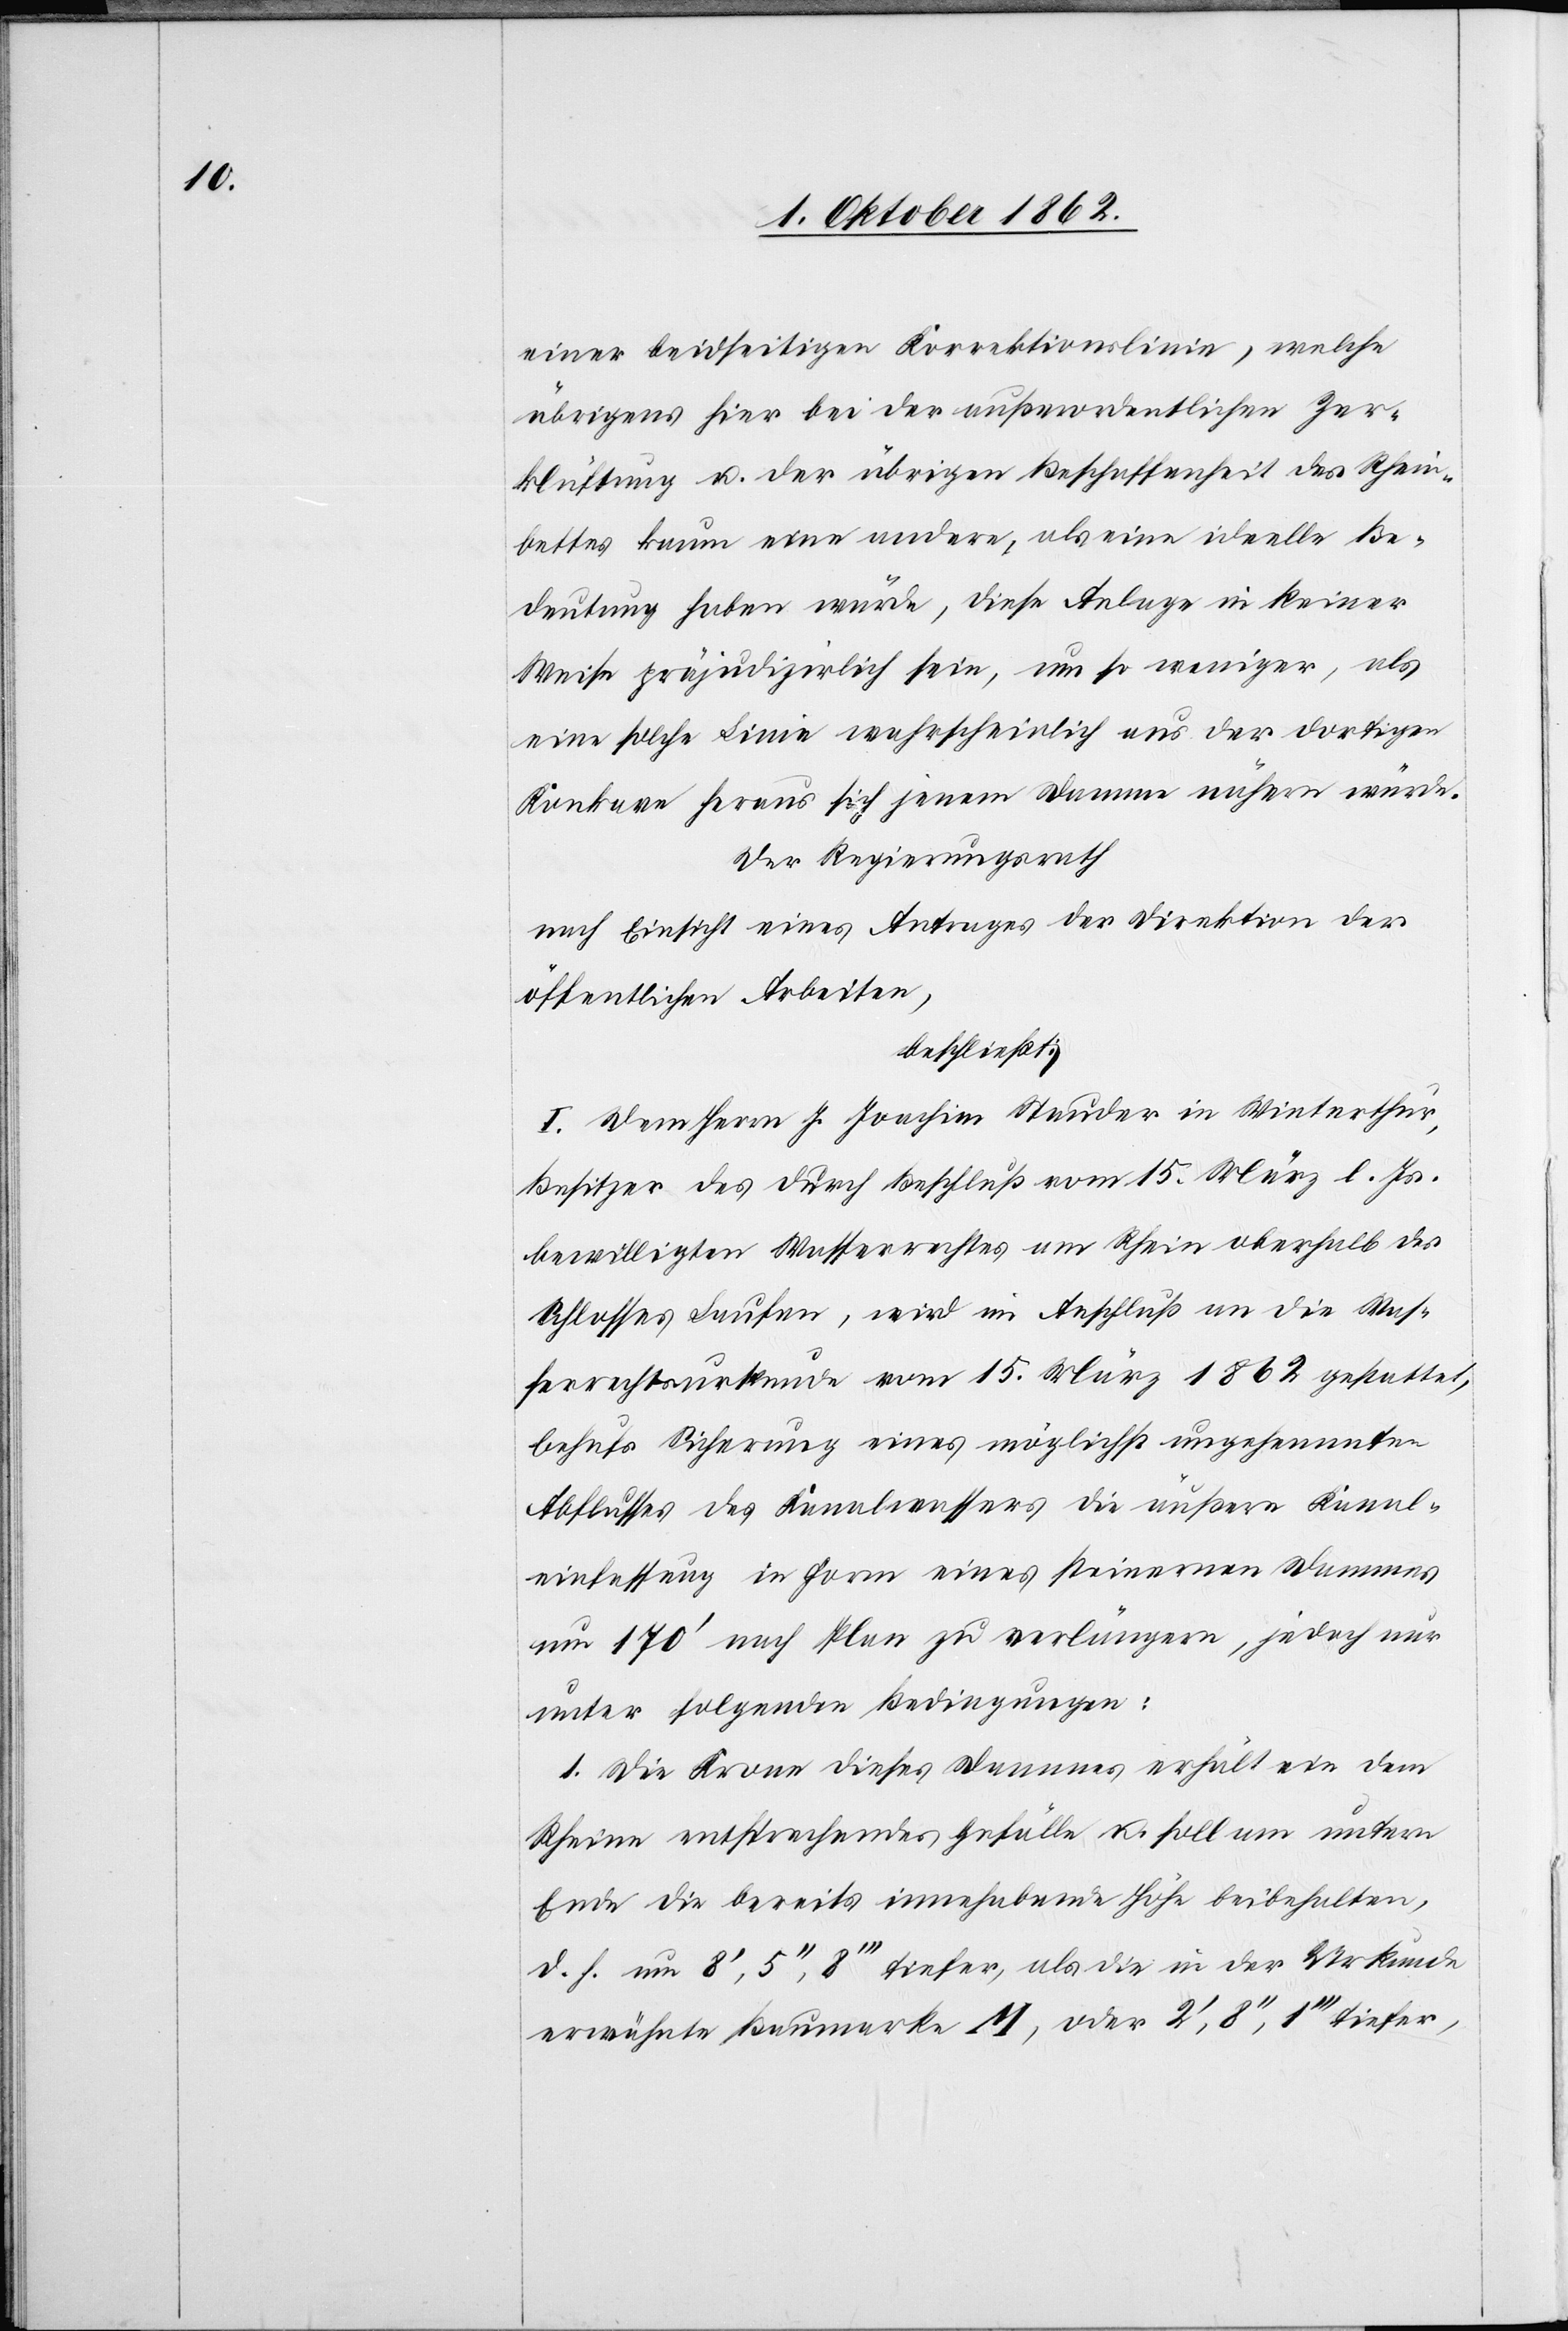
einer beidseitigen Korrektionslinie, welche
übrigens hier bei der außerordentlichen Zer¬
klüftung u. der übrigen Beschaffenheit des Rhein¬
bettes kaum eine andere, als eine ideelle Be¬
deutung haben würde, diese Anlage in keiner
Weise präjudizirlich sein, um so weniger, als
eine solche Linie wahrscheinlich aus der dortigen
Konkave heraus sich jenem Damme nähern würde.
Der Regierungsrath
nach Einsicht eines Antrages der Direktion der
öffentlichen Arbeiten,
beschließt:
I. Dem Herrn J. Joachim Stauder in Winterthur,
Besitzer des durch Beschluß vom 15. März l. Js.
bewilligten Wasserrechtes am Rhein oberhalb des
Schlosses Laufen, wird in Anschluß an die Was¬
serrechtsurkunde vom 15. März 1862 gestattet,
behufs Sicherung eines möglichst ungehemmten
Abflusses des Kanalwassers die äußere Kanal¬
einfassung in Form eines steinernen Dammes
um 170’ nach Plan zu verlängern, jedoch nur
unter folgenden Bedingungen:
1. Die Krone dieses Dammes erhält ein dem
Rheine entsprechendes Gefälle u. soll am untern
Ende die bereits innehabende Höhe beibehalten,
d. h. um 8’,5’’,8’’’ tiefer, als die in der Urkunde
erwähnte Baumarke M, oder 2’,8’’,1’’’ tiefer,